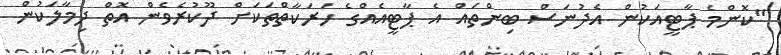
"ކޮންމެ ޕާޓީއަކުން އެދުނަސް ބިންތައް އެ ޕާޓީއެއްގެ ހަރަކާތްތަކަށް ދޫކުރެވެން އޮތް ދިމާލަކުން